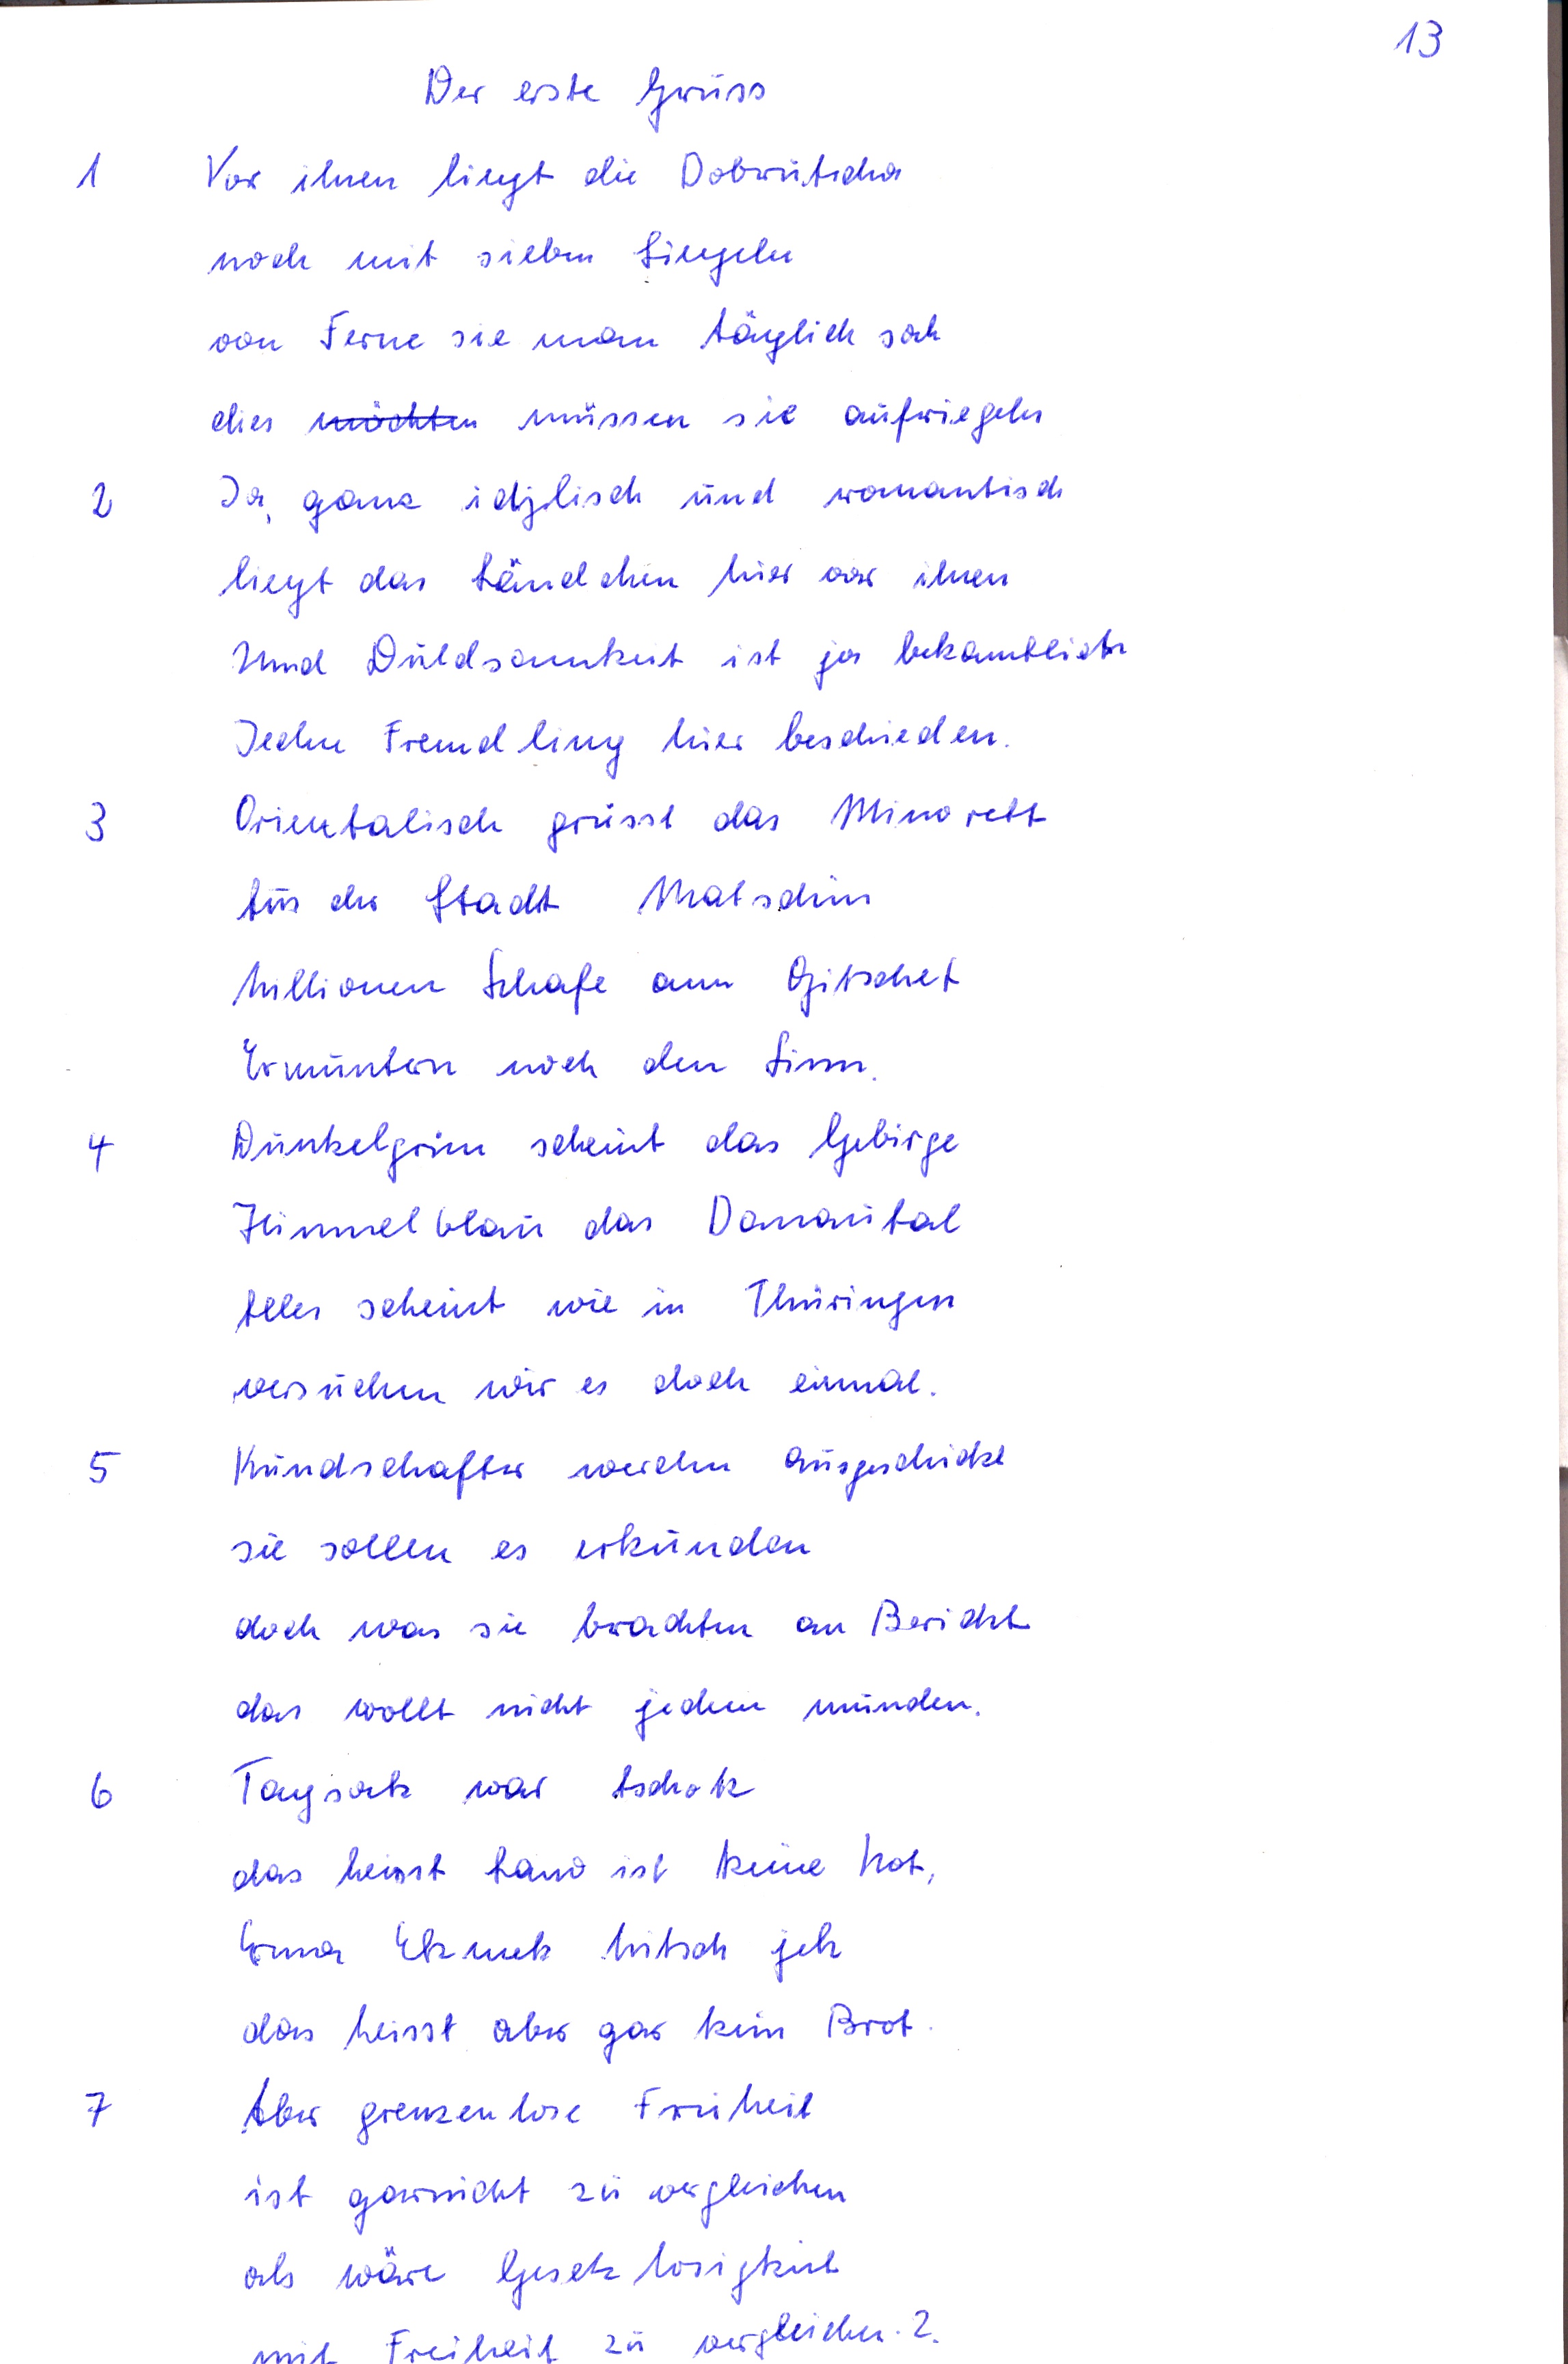
13
Der erste Gruss
1 Vor ihnen liegt die Dobrutscha
noch mit sieben Siegeln
von Ferne sie man täglich sah
dies möchten müssen sie aufriegeln
2 Ja, ganz idylisch und romantisch
liegt das Ländchen hier vor ihnen
Und Duldsamkeit ist ja bekanntlich
Jeden Fremdling hier beschieden.
3 Orientalisch grüsst das Minarett
aus der Stadt Matschin
Millionen Schafe am Gitschet
Ermuntern noch den Sinn
4 Dunkelgrün scheint das Gebirge
Himmelblau das Donautal
alles scheint wie in Thüingen
versuchen wir es doch einmal.
5 Kundschafter werden ausgeschickt
sie sollen es erkunden
doch was sie brachten an Bericht
das wollt nicht jedem munden.
6 Taysok war tschok
das heisst Land ist keine Not
Enna Ekmetz hitsch jek
das heisst aber gar kein Brot.
7 Aber grenzenlose Freiheit
ist gar nicht zu vergleichen
als wäre Gesetzlosigkeit
mit Freiheit zu vergleichen?